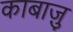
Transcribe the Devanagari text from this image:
काबाज़ु